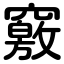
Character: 竅